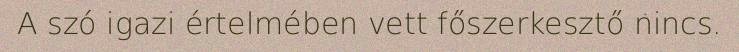
A szó igazi értelmében vett főszerkesztő nincs.